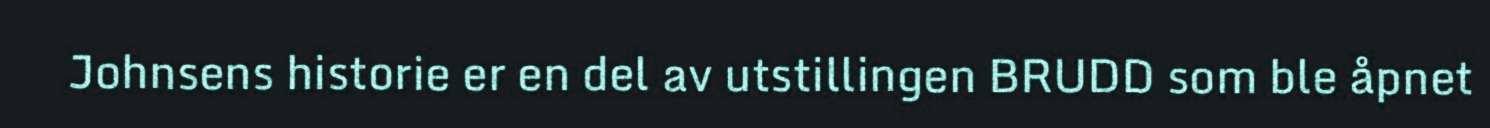
Johnsens historie er en del av utstillingen BRUDD som ble åpnet